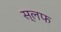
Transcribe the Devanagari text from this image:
स्लफ